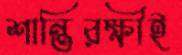
শান্তিরক্ষীই